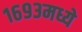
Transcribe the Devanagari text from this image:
१६९३मध्ये